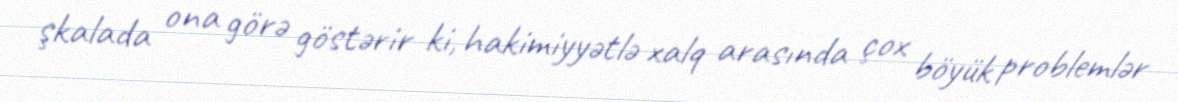
şkalada ona görə göstərir ki, hakimiyyətlə xalq arasında çox böyük problemlər